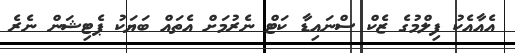
އެއާއެކު ފިލްމުގެ ޒެކް ސްނައިޑާ ކަޓް ނެރުމަށް އެތައް ބަޔަކު ޕެޓިޝަން ނެރެ